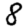
Digit: 8